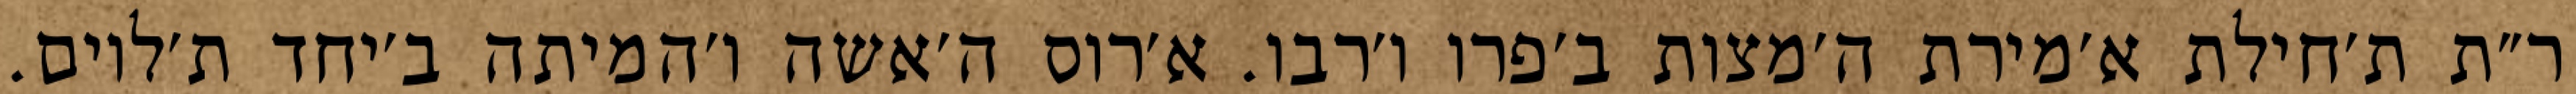
ר״ת ת׳חילת א׳מירת ה׳מצות ב׳פרו ו׳רבו. א׳רוס ה׳אשה ו׳המיתה ב׳יחד ת׳לוים.